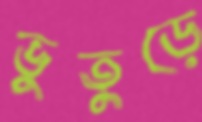
ভুতুড়ে